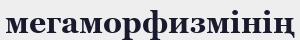
мегаморфизмінің